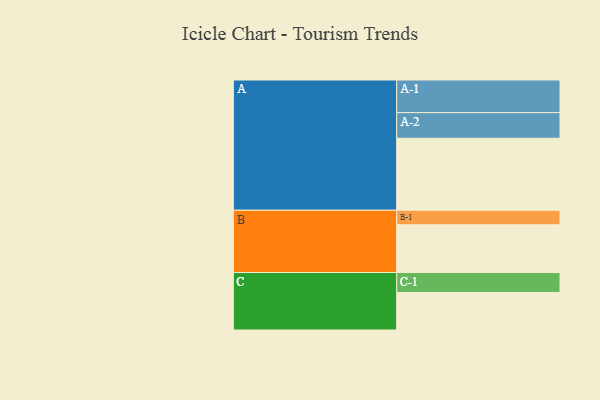
{"axis": {"x": "Segment", "y": "Value"}, "legend": ["", "A", "B", "C"], "data": [{"x": "A", "y": 591, "type": ""}, {"x": "B", "y": 392, "type": ""}, {"x": "C", "y": 308, "type": ""}, {"x": "A-1", "y": 268, "type": "A"}, {"x": "A-2", "y": 210, "type": "A"}, {"x": "B-1", "y": 119, "type": "B"}, {"x": "C-1", "y": 164, "type": "C"}]}